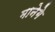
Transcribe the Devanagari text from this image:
मानेगे